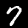
Label: 7